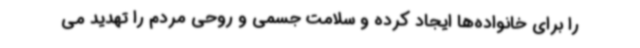
را برای خانواده‌ها ایجاد کرده و سلامت جسمی و روحی مردم را تهدید می